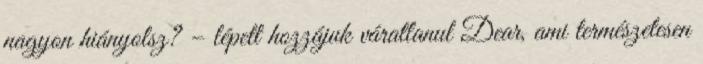
nagyon hiányolsz? – lépett hozzájuk váratlanul Dear, ami természetesen